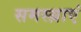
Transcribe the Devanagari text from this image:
समस्य़ाएं